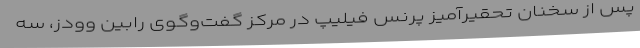
پس از سخنان تحقیرآمیز پرنس فیلیپ در مرکز گفت‌وگوی رابین وودز، سه